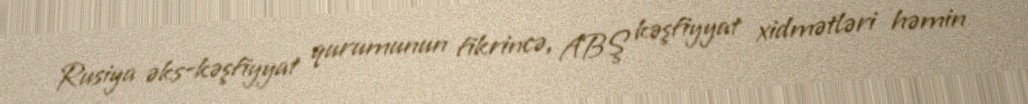
Rusiya əks-kəşfiyyat qurumunun fikrincə, ABŞ kəşfiyyat xidmətləri həmin